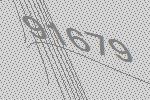
91679